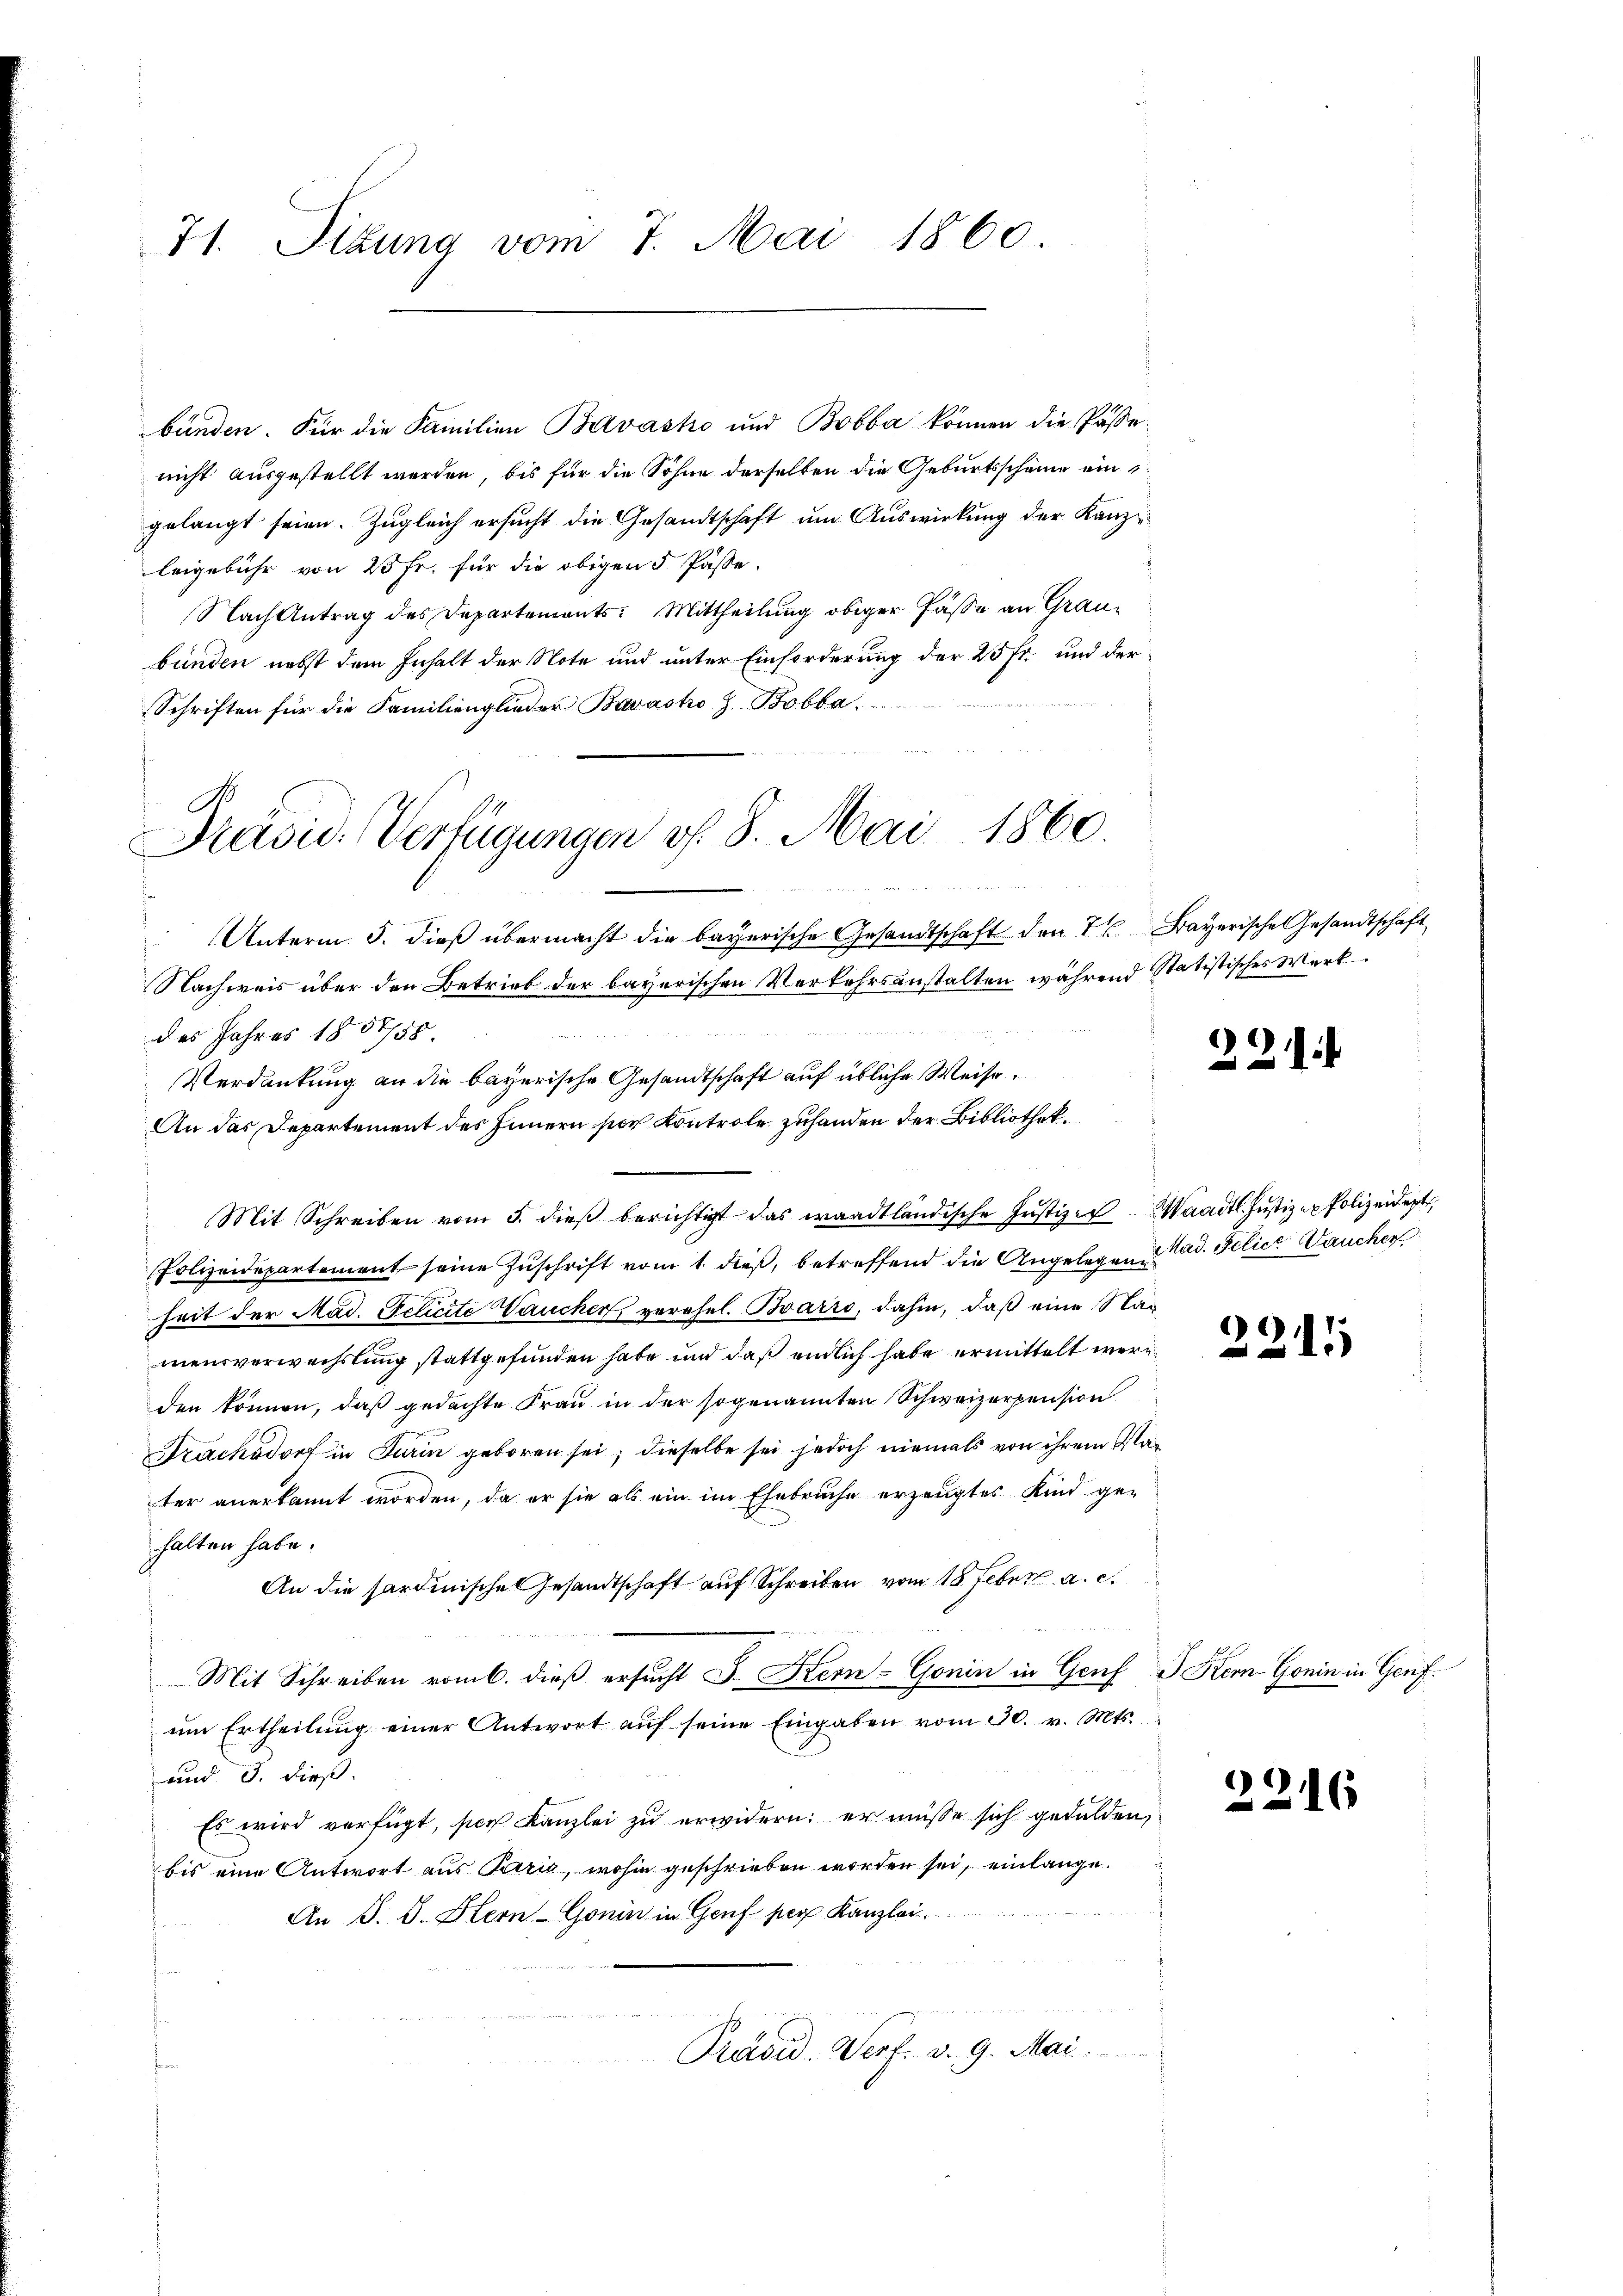
71. Situng vom 7. Mai 1860

leigebühr von 25 Fr. für die obigen 5. Pässe.
Schriften für die Familienglieder Bavastro Z. Bobba
e
Unterm 5. dieß übermacht die bayerische Gesandtschaft den 7. Bayerische Gesandtschaft
Nachweis über den Betrieb der bayerischen Verkehrsanstalten während Statistisches Werk
des Jahres 1857/58.
Verdankung an die bayerische Gesandtschaft auf übliche Weise.
An das Departement des Innern per Controle zuhanden der Bibliothek.
Mit Schreiben vom 5. dieβ berichtigt das waadtländische Justiz-Maadtl Justiz - Polizeidet,
Polizeidepartement seine Zuschrift vom 1. dieß, betreffend die Angelegen u ad. Felict aucher
heit der Mad. Gelicite Vaucher verehel. Barro, dahin, daß eine Stamensverwechslung stattgefunden habe und daß endlich habe ermittelt werden können, daß gedachte Frau in der sogenannten Schweizerpension
Dracksdorf in Turin geboren sei; dieselbe sei jedoch niemals von ihrem Mater anerkannt worden, da er sie als ein im Ehebruche erzeugtes Kind gehalten habe.
An die sardinische Gesandtschaft auf Schreiben vom 18. Feber a. c.
Mit Schreiben vom 6. dieß ersucht J. Kern-Gonin in Genf G. Kern-Gonin in Genf.
ŭm Ertheilŭng einer Antwort aŭf seine Eingaben vom 30. v. Mts.
und 3. dieß.
Es wird verfügt, sich Kanzlei zu erwidern: er müsse sich gedulden,
bis eine Antwort aus Paris, wohin geschrieben worden sei, einlange.
An J. J. Stern Gonin in Genf per Kanzlei.
Präsid. Verf. v. 9. Mai.

C
Präsid. Verfügungen f. 8. Mai 1860

bünden. Für die Familien Barvasko und Bobba können die Pässe.
nicht ausgestellt werden, bis für die Söhne derselben die Geburtsscheine eingelangt seien. Zugleich ersucht die Gesandtschaft um Auswirkung der Kanz¬
Nach Antrag des Departements: Mittheilung obiger Fässe an Graubünden nebst dem Inhalt der Note und unter Einforderung der 25 fr. und der

22.

.

221

226